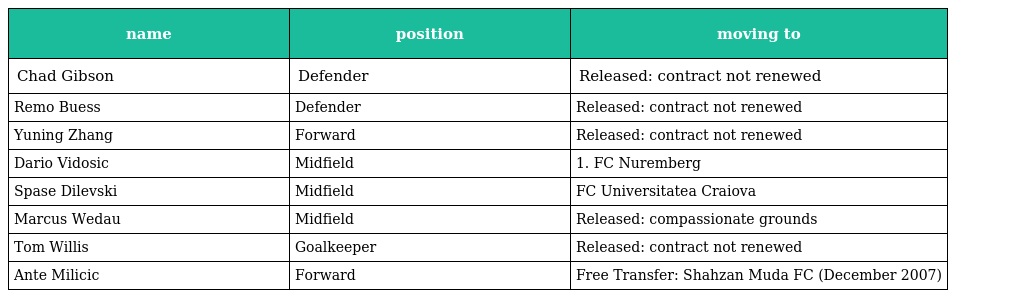
| name | position | moving to |
 | --- | --- | --- |
 | Chad Gibson | Defender | Released: contract not renewed |
 | Remo Buess | Defender | Released: contract not renewed |
 | Yuning Zhang | Forward | Released: contract not renewed |
 | Dario Vidosic | Midfield | 1. FC Nuremberg |
 | Spase Dilevski | Midfield | FC Universitatea Craiova |
 | Marcus Wedau | Midfield | Released: compassionate grounds |
 | Tom Willis | Goalkeeper | Released: contract not renewed |
 | Ante Milicic | Forward | Free Transfer: Shahzan Muda FC (December 2007) |